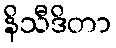
နိသီဒိတာ